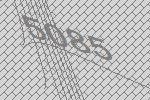
5085